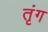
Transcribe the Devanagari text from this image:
तृंग